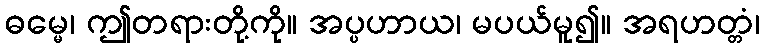
ဓမ္မေ၊ ဤတရားတို့ကို။ အပ္ပဟာယ၊ မပယ်မူ၍။ အရဟတ္တံ၊